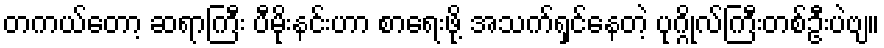
တကယ်တော့ ဆရာကြီး ပီမိုးနင်းဟာ စာရေးဖို့ အသက်ရှင်နေတဲ့ ပုဂ္ဂိုလ်ကြီးတစ်ဦးပဲဗျ။